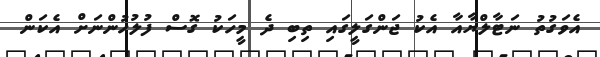
އެވަގުތު ނަޓާލްޔާއާ އެކު ޖަންގަލީގައި ތިބި ދެ މީހަކު ގޮސް ފުލުހުންނަށް އެކަން